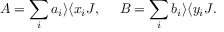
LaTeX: A = \sum _ { i } a _ { i } \rangle \langle x _ { i } J , \ \ \ \ B = \sum _ { i } b _ { i } \rangle \langle y _ { i } J .